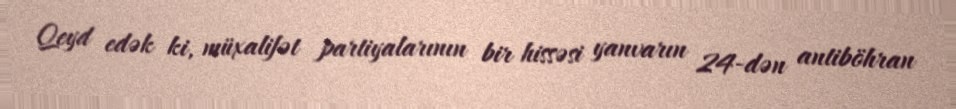
Qeyd edək ki, müxalifət partiyalarının bir hissəsi yanvarın 24-dən antiböhran